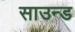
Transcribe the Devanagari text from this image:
साउन्‍ड